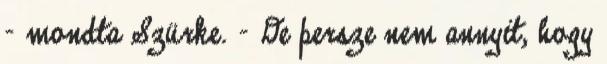
- mondta Szürke. - De persze nem annyit, hogy